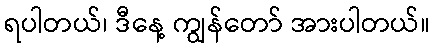
ရပါတယ်၊ ဒီနေ့ ကျွန်တော် အားပါတယ်။